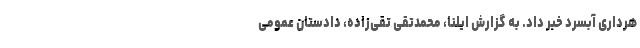
هرداری آبسرد خبر داد. به گزارش ایلنا، محمدتقی تقی‌زاده، دادستان عمومی